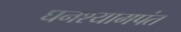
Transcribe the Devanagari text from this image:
घनश्यामपंत